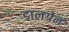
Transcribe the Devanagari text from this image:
डालग्रेन